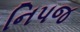
નિપજ